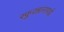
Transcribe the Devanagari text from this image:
स्फुरन्नानापद्मे